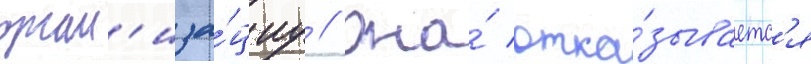
орган'иза́циу // Она́ отка́зываетс'я